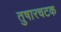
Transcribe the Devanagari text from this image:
तुषारचटक